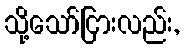
သို့သော်ငြားလည်း,